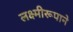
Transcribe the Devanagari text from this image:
लक्ष्मीरूपाने